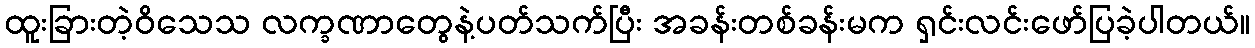
ထူးခြားတဲ့ဝိသေသ လက္ခဏာတွေနဲ့ပတ်သက်ပြီး အခန်းတစ်ခန်းမက ရှင်းလင်းဖော်ပြခဲ့ပါတယ်။